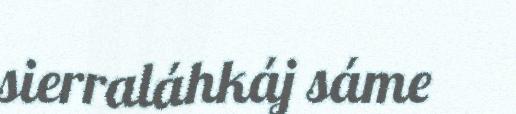
sierraláhkáj sáme